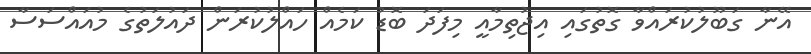
އޭނާ ގަބޫލުކުރައްވާ ގޮތުގައި އިޖުތިމާއީ މިފަދަ ބޮޑު ކަމެއް ހައްލުކުރަން ދައުލަތުގެ މުއައްސަސާ